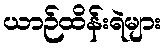
ယာဉ်ထိန်းရဲများ